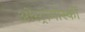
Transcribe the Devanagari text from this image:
ओस्ट्रोगोर्स्की